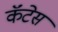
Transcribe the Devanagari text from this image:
कॅंटेस